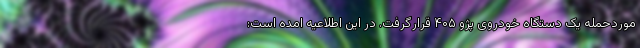
موردحمله یک دستگاه خودروی پژو ۴۰۵ قرارگرفت. در این اطلاعیه امده است: